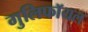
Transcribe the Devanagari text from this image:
गुलिफॉयल